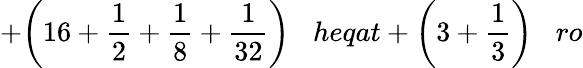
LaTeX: +{\bigg(}16+{\frac{1}{2}}+{\frac{1}{8}}+{\frac{1}{32}}{\bigg)}\; \; \; heqat+{\bigg(}3+{\frac{1}{3}}{\bigg)}\; \; \; ro